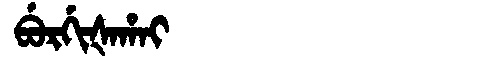
Manchu: ᠪᡠᡵᡤᡳᡧᠠᡥᠠᡳ
Romanization: BURGIŠAHAI